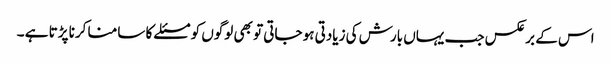
اس کے برعکس جب یہاں بارش کی زیادتی ہو جاتی تو بھی لوگوں کو مسئلے کا سامنا کرنا پڑتا ہے ۔